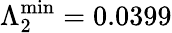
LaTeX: \Lambda_{2}^{\mathrm{min}}=0.0399